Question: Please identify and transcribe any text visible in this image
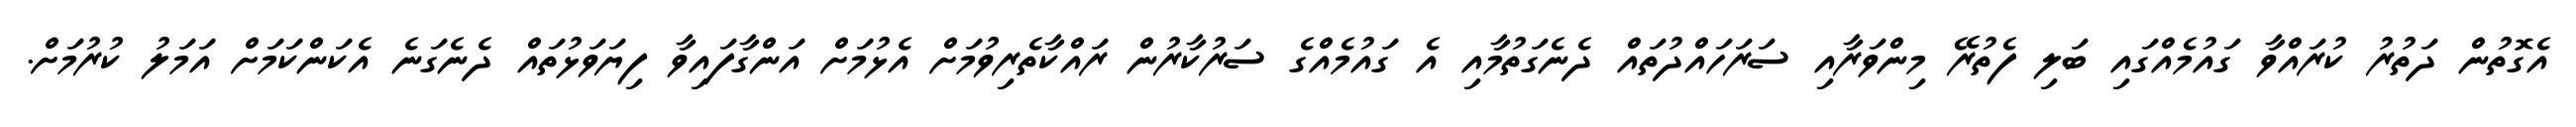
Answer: އެގޮތުން ދަތުރު ކުރައްވާ ގައުމެއްގައި ބަލި ފެތުރޭ މިންވަރާއި ސަރަހައްދުތައް ދެނެގަތުމާއި އެ ގައުމެއްގެ ސަރުކާރުން ރައްކާތެރިވުމަށް އެޅުމަށް އަންގާފައިވާ ފިޔަވަޅުތައް ދެނެގަނެ އެކަންކަމަށް އަމަލު ކުރުމަށް.